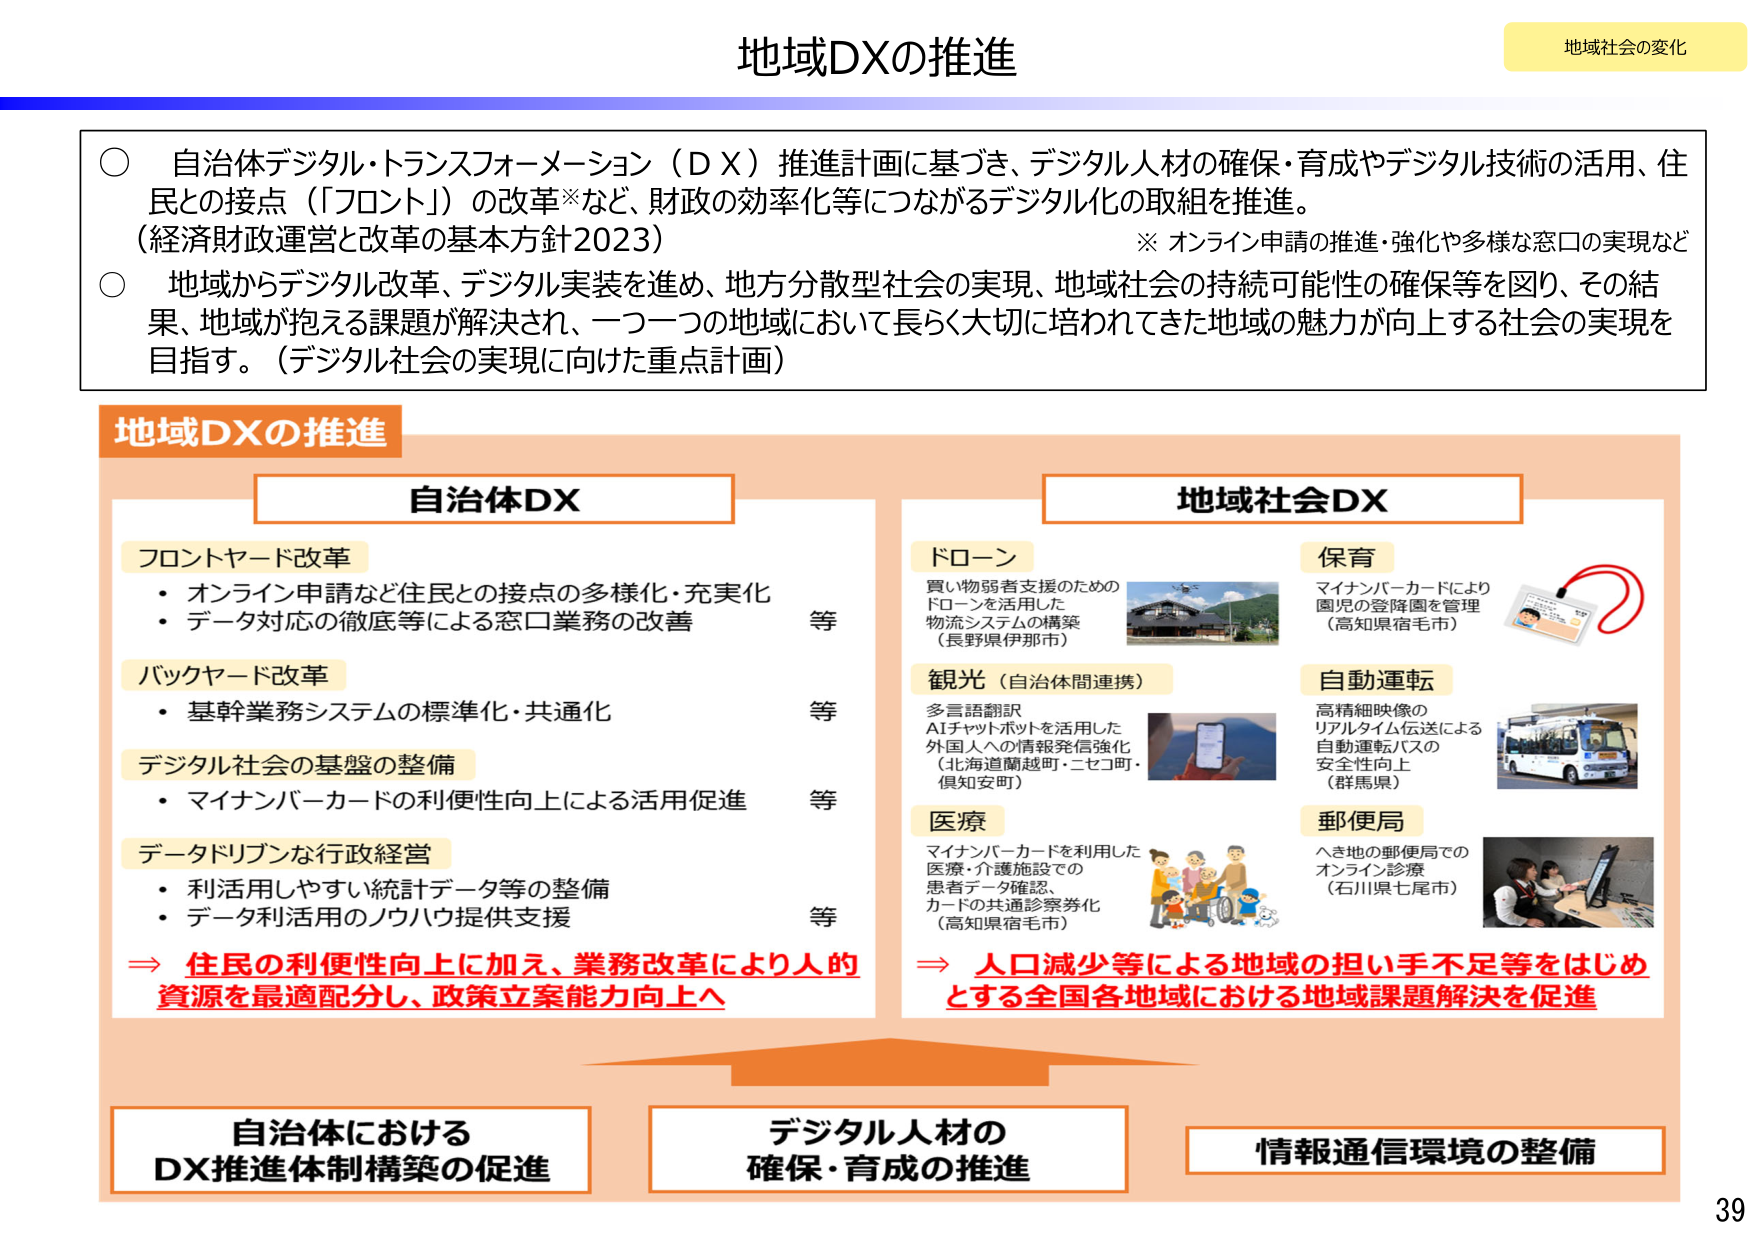
地域DXの推進

地域社会の変化

○ 自治体デジタル・トランスフォーメーション（ＤＸ）推進計画に基づき、デジタル人材の確保・育成やデジタル技術の活用、住民との接点（「フロント」）の改革※など、財政の効率化等につながるデジタル化の取組を推進。
（経済財政運営と改革の基本方針2023）
※ オンライン申請の推進・強化や多様な窓口の実現など

○ 地域からデジタル改革、デジタル実装を進め、地方分散型社会の実現、地域社会の持続可能性の確保等を図り、その結果、地域が抱える課題が解決され、一つ一つの地域において長らく大切に培われてきた地域の魅力が向上する社会の実現を目指す。（デジタル社会の実現に向けた重点計画）

地域DXの推進

自治体DX

フロントヤード改革
・オンライン申請など住民との接点の多様化・充実化
・データ対応の徹底等による窓口業務の改善
等

バックヤード改革
・基幹業務システムの標準化・共通化
等

デジタル社会の基盤の整備
・マイナンバーカードの利便性向上による活用促進
等

データドリブンな行政経営
・利活用しやすい統計データ等の整備
・データ利活用のノウハウ提供支援
等

⇒ 住民の利便性向上に加え、業務改革により人的資源を最適配分し、政策立案能力向上へ

地域社会DX

ドローン
買い物弱者支援のためのドローンを活用した物流システムの構築
（長野県伊那市）

観光（自治体間連携）
多言語翻訳
AIチャットボットを活用した外国人への情報発信強化
（北海道蘭越町・ニセコ町・倶知安町）

医療
マイナンバーカードを利用した医療・介護施設での患者データ確認、カードの共通診察券化
（高知県宿毛市）

保育
マイナンバーカードにより園児の登降園を管理
（高知県宿毛市）

自動運転
高精細映像のリアルタイム伝送による自動運転バスの安全性向上
（群馬県）

郵便局
へき地の郵便局でのオンライン診療
（石川県七尾市）

⇒ 人口減少等による地域の担い手不足等をはじめとする全国各地域における地域課題解決を促進

自治体におけるDX推進体制構築の促進

デジタル人材の確保・育成の推進

情報通信環境の整備

39